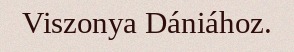
Viszonya Dániához.